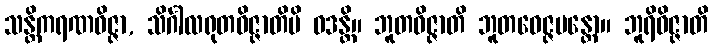
သန္တိကရဏဝိဇ္ဇာ, သိင်္ဂါလရုတဝိဇ္ဇာတိပိ ဝဒန္တိ။ ဘူတဝိဇ္ဇာတိ ဘူတဝေဇ္ဇမန္တော။ ဘူရိဝိဇ္ဇာတိ